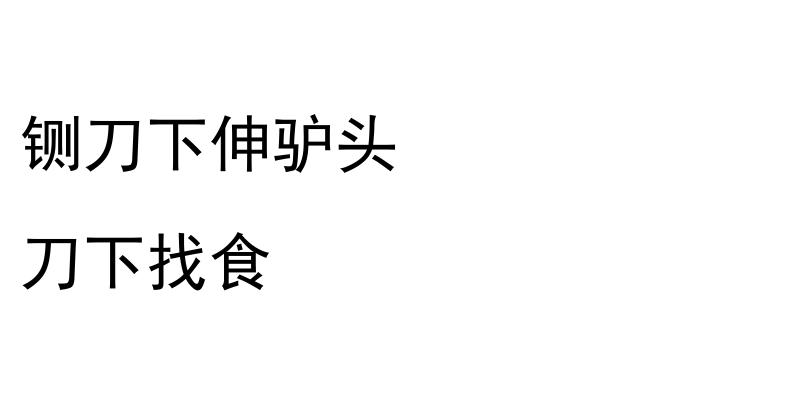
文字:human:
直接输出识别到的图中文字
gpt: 铡刀下伸驴头 刀下找食